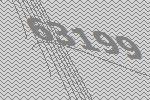
63199